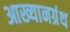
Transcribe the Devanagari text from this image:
आख्यानग्रंथ